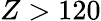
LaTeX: Z>120